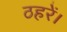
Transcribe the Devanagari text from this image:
ठहरें।